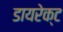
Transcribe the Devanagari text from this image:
डायरेक्‍ट